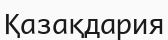
Қазақдария